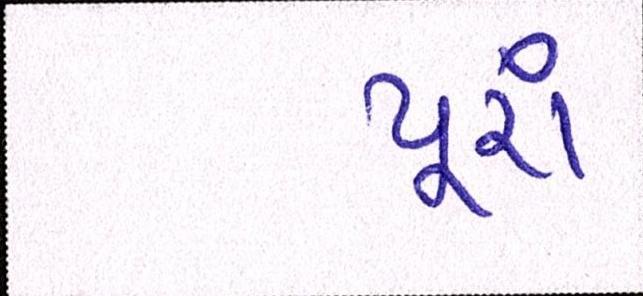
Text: પૂરાં